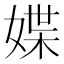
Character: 媟